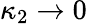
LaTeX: \kappa_{2}\rightarrow 0